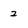
Character: 2